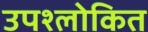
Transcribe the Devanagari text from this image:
उपश्लोकित